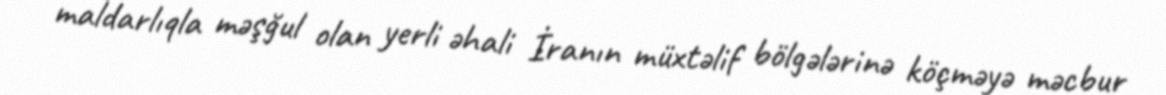
maldarlıqla məşğul olan yerli əhali İranın müxtəlif bölgələrinə köçməyə məcbur